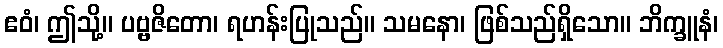
ဧဝံ၊ ဤသို့။ ပဗ္ဗဇိတော၊ ရဟန်းပြုသည်။ သမနော၊ ဖြစ်သည်ရှိသော။ ဘိက္ခူနံ၊